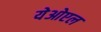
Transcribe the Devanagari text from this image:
येओएल